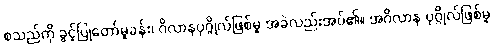
စသည်ကို ခွင့်ပြုတော်မူခန်း၊ ဂိလာနပုဂ္ဂိုလ်ဖြစ်မူ အခဲလည်းအပ်၏။ အဂိလာန ပုဂ္ဂိုလ်ဖြစ်မူ